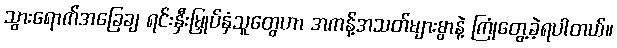
သွားရောက်အခြေချ ရင်းနှီးမြှုပ်နှံသူတွေဟာ အကန့်အသတ်များစွာနဲ့ ကြုံတွေ့ခဲ့ရပါတယ်။